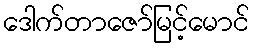
ဒေါက်တာဇော်မြင့်မောင်